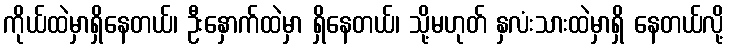
ကိုယ်ထဲမှာရှိနေတယ်၊ ဦးနှောက်ထဲမှာ ရှိနေတယ်၊ သို့မဟုတ် နှလံးသားထဲမှာရှိ နေတယ်လို့